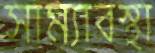
সাম্যাবস্থা